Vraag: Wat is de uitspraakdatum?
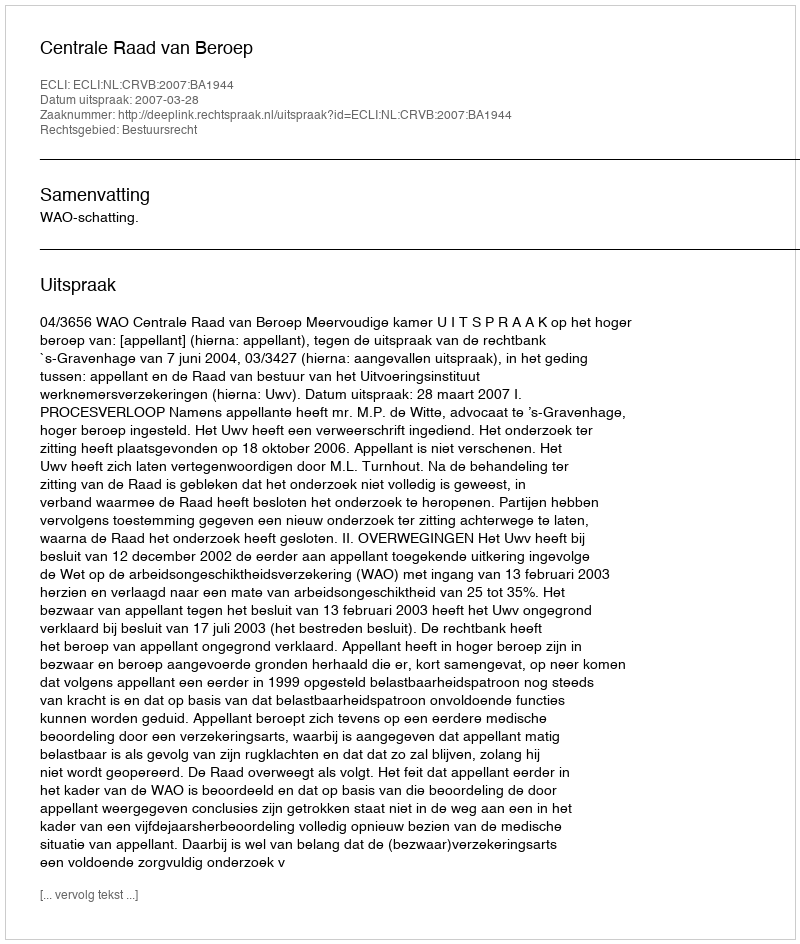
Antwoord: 2007-03-28